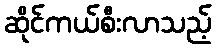
ဆိုင်ကယ်စီးလာသည့်